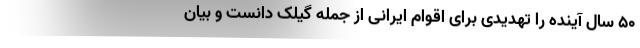
۵۰ سال آینده را تهدیدی برای اقوام ایرانی از جمله گیلک دانست و بیان